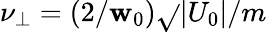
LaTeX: \nu_{\bot}=(2/\mathbf{w}_{0})\sqrt{}{{|U_{0}|/m}}